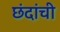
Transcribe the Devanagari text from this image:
छंदांची